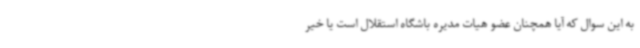
به این سوال که آیا همچنان عضو هیات مدیره باشگاه استقلال است یا خیر